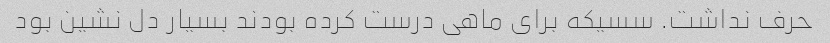
حرف نداشت. سسیکه برای ماهی درست کرده بودند بسیار دل نشین بود